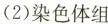
(2)染色体组